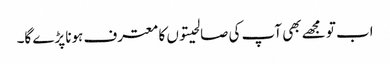
اب تو مجھے بھی آپ کی صالحیتوں کا معترف ہونا پڑے گا۔